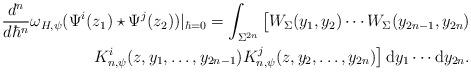
LaTeX: \begin{align*} \frac{d^{n}}{d \hbar^n} \omega_{H, \psi}(\Psi^i(z_1) \star \Psi^j(z_2))|_{\hbar = 0} = \int_{\Sigma^{2n}} \big[ W_{\Sigma}(y_1, y_2) \cdots W_{\Sigma}(y_{2n-1}, y_{2n})\\ K^i_{n, \psi}(z, y_1, \ldots, y_{2n-1}) K^j_{n, \psi}(z, y_2, \ldots, y_{2n}) \big]\,\mathrm{d}y_1 \cdots \mathrm{d}y_{2n}. \end{align*}